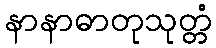
နာနာဓာတုသုတ္တံ